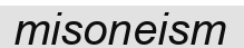
misoneism